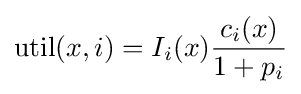
\operatorname {util} (x,i)=I_{i}(x){\frac {c_{i}(x)}{1+p_{i}}}